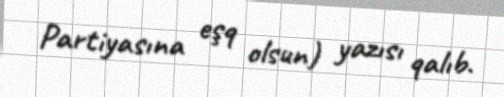
Partiyasına eşq olsun) yazısı qalıb.